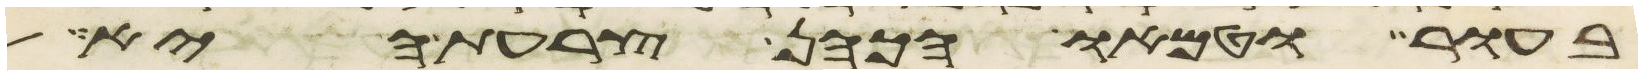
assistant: בעור וטמאו הכהן צרעת היא